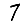
Digit: 7